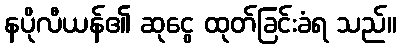
နပိုလီယန်၏ ဆုငွေ ထုတ်ခြင်းခံရ သည်။